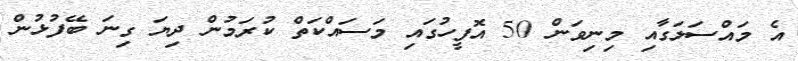
އެ މައްސަލަގާއި މިނިވަން 50 އޮފީހުގައި މަސައްކަތް ކުރަމުން ދިޔަ ގިނަ ބޭފުޅުން